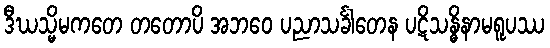
ဒီဃသ္မိမကတေ တတောပိ အဘဝေ ပညာသင်္ခါတေန ပဋိသန္ဓိနာမရူပဿ